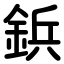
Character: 鋲